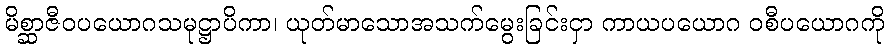
မိစ္ဆာဇီဝပယောဂသမုဋ္ဌာပိကာ၊ ယုတ်မာသောအသက်မွေးခြင်းငှာ ကာယပယောဂ ဝစီပယောဂကို